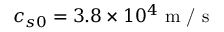
c _ { s 0 } = 3 . 8 \times 1 0 ^ { 4 } \textrm { m / s }